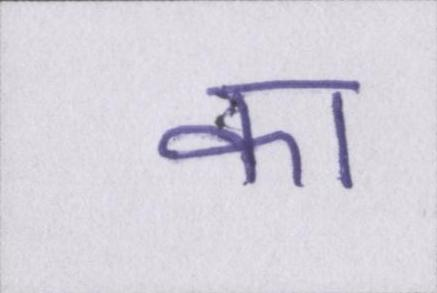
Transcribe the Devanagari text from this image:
का